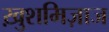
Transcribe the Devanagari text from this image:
ख़ुशमिज़ाज